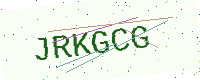
Text: JRKGCG